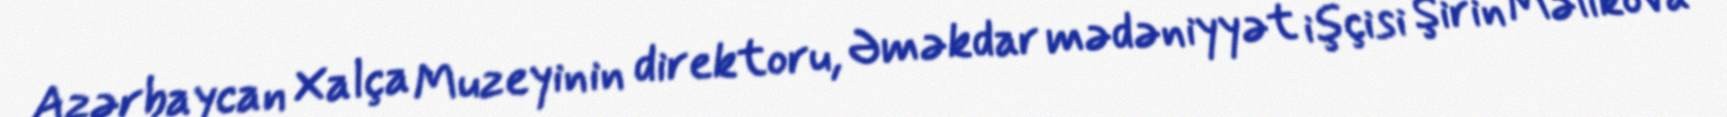
Azərbaycan Xalça Muzeyinin direktoru, Əməkdar mədəniyyət işçisi Şirin Məlikova